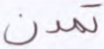
تمدن